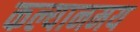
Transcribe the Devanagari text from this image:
कल्यानमय